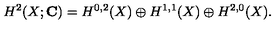
H ^ { 2 } ( X ; { \bf C } ) = H ^ { 0 , 2 } ( X ) \oplus H ^ { 1 , 1 } ( X ) \oplus H ^ { 2 , 0 } ( X ) .